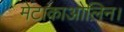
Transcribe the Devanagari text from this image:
मेटाकाओलिन।